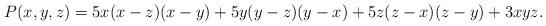
LaTeX: \begin{align*}P(x,y,z)=5x(x-z)(x-y)+5y(y-z)(y-x)+5z(z-x)(z-y)+3xyz.\end{align*}